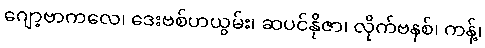
ဂျော့ဗာကလေ၊ ဒေးဗစ်ဟယွမ်း၊ ဆပင်နိုဇာ၊ လိုက်ဗနစ်၊ ကန့်၊